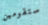
ستقومين